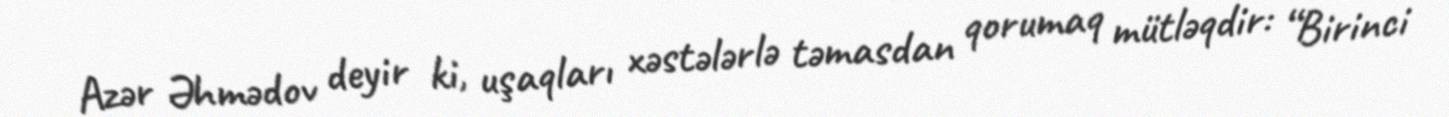
Azər Əhmədov deyir ki, uşaqları xəstələrlə təmasdan qorumaq mütləqdir: “Birinci